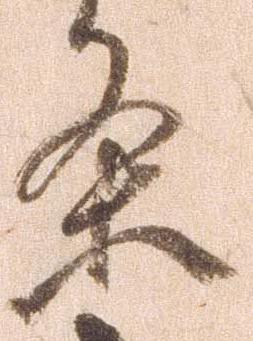
条